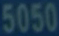
5050